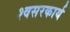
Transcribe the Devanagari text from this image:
श्वसरकार्य